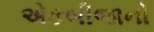
એકબીજાનો